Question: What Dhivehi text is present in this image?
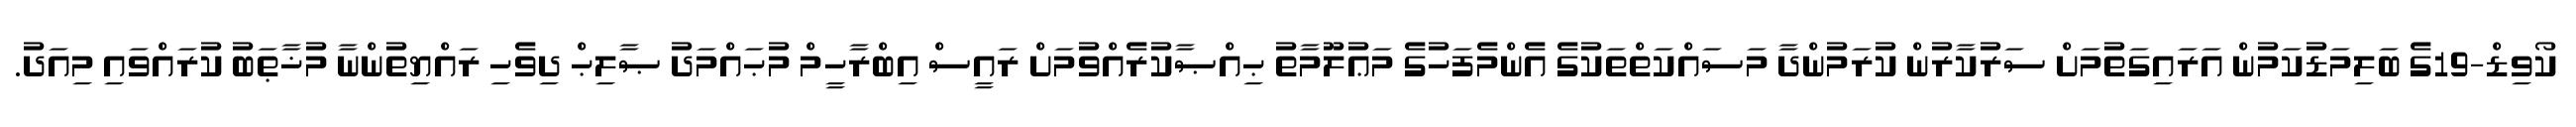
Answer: ކޯވިޑް-19ގެ ބަލިމަޑުކަމުން އަރައިގަތުމަށް ސަރުކާރުން ކުރަމުންދާ މަސައްކަތްތަކުގެ އެންމެފަހުގެ މަޢުލޫމާތު ޙިއްޞާކުރެއްވުމަށް ރައީސް އިބްރާހީމް މުޙައްމަދު ޞާލިޙް ދިވެހި ރައްޔިތުންނާ މުޚާޠަބު ކުރައްވައި މިއަދު.